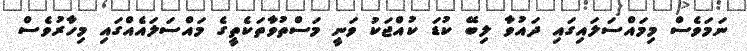
ނަމަވެސް މިމައްސަލައިގައި ދައުވާ ލިބޭ ކުޑަ ކުއްޖަކު ވަނީ މަސްތުވާތަކެތީގެ މައްސަލައެއްގައި މިހާރުވެސް